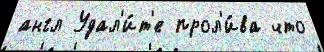
англ Удал'и́т'е прол'и́ва что